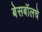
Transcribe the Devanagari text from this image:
बेसबॉलचे